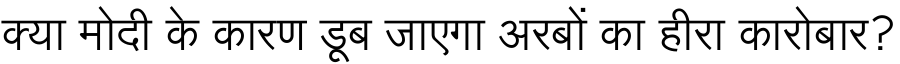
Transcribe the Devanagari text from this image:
क्या मोदी के कारण डूब जाएगा अरबों का हीरा कारोबार?